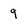
Character: 9